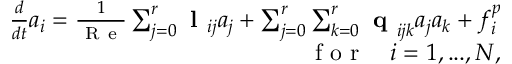
\begin{array} { r } { \frac { d } { d t } a _ { i } = \frac { 1 } { \mathrm { ~ R ~ e ~ } } \sum _ { j = 0 } ^ { r } \textbf { l } _ { i j } a _ { j } + \sum _ { j = 0 } ^ { r } \sum _ { k = 0 } ^ { r } \textbf { q } _ { i j k } a _ { j } a _ { k } + f _ { i } ^ { p } } \\ { \quad \mathrm { ~ f ~ o ~ r ~ } \quad i = 1 , . . . , N , } \end{array}